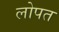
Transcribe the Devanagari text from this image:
लोपत